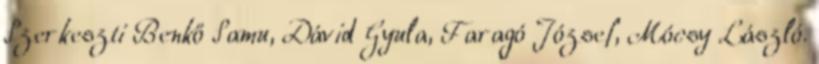
Szerkeszti Benkő Samu, Dávid Gyula, Faragó József, Mócsy László.